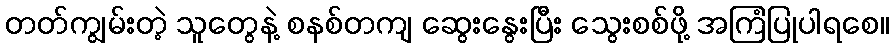
တတ်ကျွမ်းတဲ့ သူတွေနဲ့ စနစ်တကျ ဆွေးနွေးပြီး သွေးစစ်ဖို့ အကြံပြုပါရစေ။